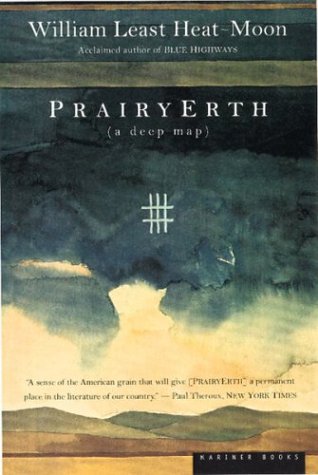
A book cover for PrairyErth: A Deep Map; William Least Heat-Moon; Travel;